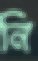
নি